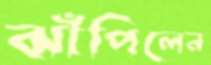
ঝাঁপিলেন